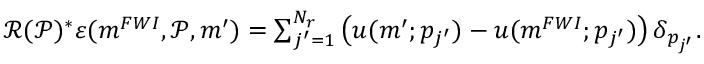
\begin{array} { r } { { \mathcal R } ( \mathcal { P } ) ^ { * } \boldsymbol { \varepsilon } ( \boldsymbol { m } ^ { F W I } , \mathcal { P } , \boldsymbol { m } ^ { \prime } ) = \sum _ { j ^ { \prime } = 1 } ^ { N _ { r } } \left( u ( \boldsymbol { m } ^ { \prime } ; p _ { j ^ { \prime } } ) - u ( \boldsymbol { m } ^ { F W I } ; p _ { j ^ { \prime } } ) \right) \delta _ { p _ { j ^ { \prime } } } . } \end{array}